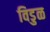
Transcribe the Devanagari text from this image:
विडुळ